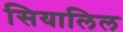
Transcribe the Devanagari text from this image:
सियालिल